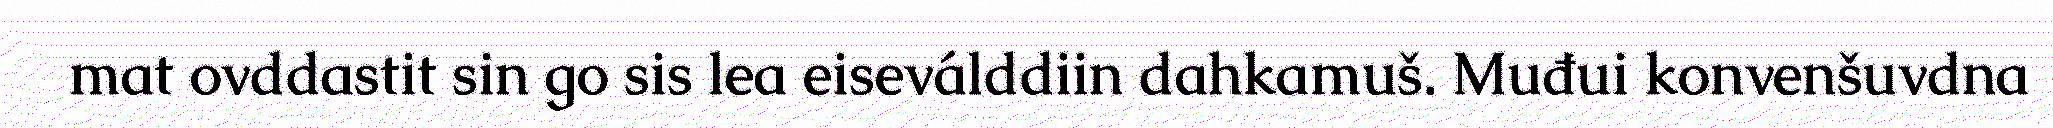
mat ovddastit sin go sis lea eiseválddiin dahkamuš. Muđui konvenšuvdna